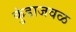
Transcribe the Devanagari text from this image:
कुंडाजवळ